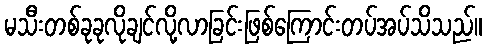
မသီးတစ်ခုခုလိုချင်လို့လာခြင်းဖြစ်ကြောင်းတပ်အပ်သိသည်။